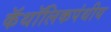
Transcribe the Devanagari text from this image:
कॅथॉलिकपंथीय